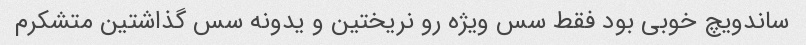
ساندویچ خوبی بود فقط سس ویژه رو نریختین و یدونه سس گذاشتین متشکرم